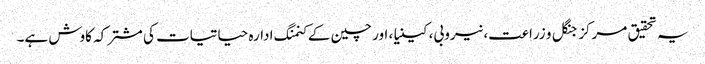
یہ تحقیق مرکز جنگل و زراعت، نیروبی، کینیا، اور چین کے کنمنگ ادارہ حیاتیات کی مشترکہ کاوش ہے۔